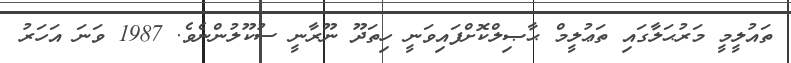
ތައުލީމީ މަރުޙަލާގައި ތަޢުލީމް ޙާޞިލްކޮށްފައިވަނީ ހިތަދޫ ނޫރާނީ ސުކޫލުންނެވެ. 1987 ވަނަ އަހަރު